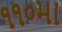
૧૧૦મા